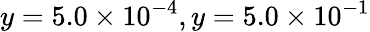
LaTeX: y=5.0\times 10^{-4},y=5.0\times 10^{-1}